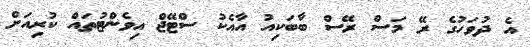
އެ ދުވަހުގެ ރޭ މަސް ރޭސް ބާބަކިއު އާއެކު ސްޓޭޖް އިވެންޓުތައް ކުރިއަށް